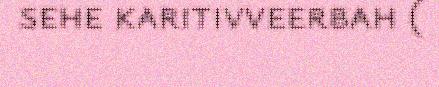
sehe karitivveerbah (